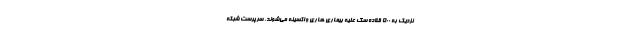
نزدیک به ۵۰۰ قلاده سگ علیه بیماری هاری واکسینه می‌شوند. سرپرست شبکه